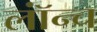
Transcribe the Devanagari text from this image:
लॉंन्च